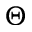
\Theta